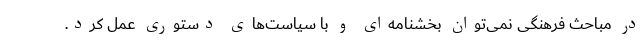
در مباحث فرهنگی نمی‌توان بخشنامه‌ای و با سیاست‌های دستوری عمل کرد.